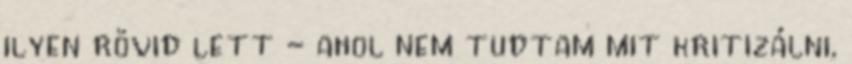
ilyen rövid lett - ahol nem tudtam mit kritizálni,